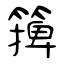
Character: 篺